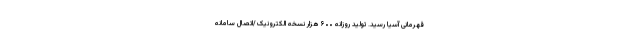
قهرمانی آسیا رسید. تولید روزانه ۶۰۰ هزار نسخه الکترونیک/اتصال سامانه